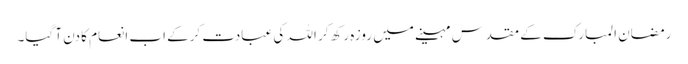
رمضان المبارک کے مقدس مہینے میں روزہ رکھ کر اللہ کی عبادت کرکے اب انعام کا دن آ گیا۔